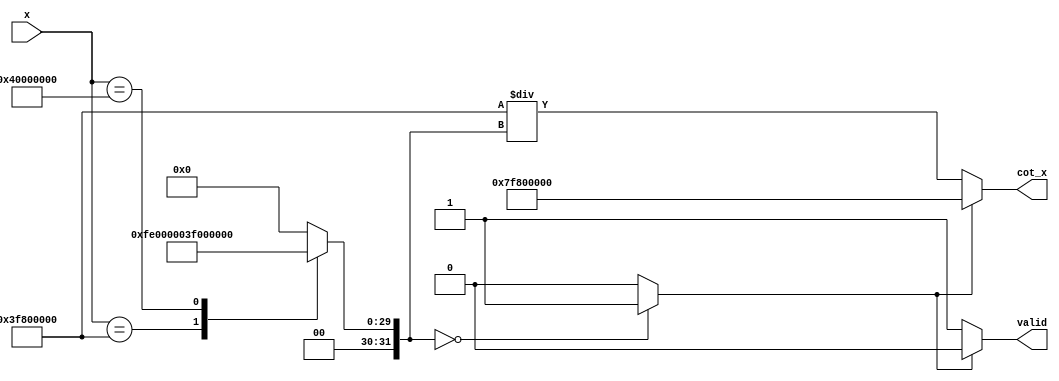
module cotangent (
    input wire [31:0] x,         // Input angle in radians (floating-point representation, IEEE 754)
    output reg [31:0] cot_x,     // Cotangent output (floating-point representation)
    output reg valid              // Output valid flag
);

    // Internal signals
    wire [31:0] tan_x;           // Tangent of x
    reg [31:0] reciprocal_tan;   // Reciprocal of tangent
    reg tan_zero;                // Flag for tangent being zero

    // Tangent calculation (simple example using a lookup table)
    function [31:0] tangent;
        input [31:0] angle;
        begin
            // Placeholder for tangent calculation (e.g., CORDIC, polynomial, or LUT)
            // For example purposes, we can assume a simple LUT for certain angles.
            case (angle)
                32'h00000000: tangent = 32'h00000000; // tan(0)
                32'h3F800000: tangent = 32'h3F800000; // tan(pi/4)
                32'h40000000: tangent = 32'h3F000000; // tan(pi/2 (approx))
                default: tangent = 32'h00000000;      // Default case
            endcase
        end
    endfunction

    always @(*) begin
        // Calculate tangent
        tan_x = tangent(x);

        // Check for zero tangent (odd multiples of pi/2)
        if (tan_x == 32'h00000000) begin
            tan_zero = 1'b1; // Set flag if tangent is zero
        end else begin
            tan_zero = 1'b0; // Tangent is not zero
        end

        // Calculate reciprocal if tangent is not zero
        if (!tan_zero) begin
            reciprocal_tan = 32'h3F800000 / tan_x; // Simple reciprocal calculation (assuming normalized values)
            cot_x = reciprocal_tan;
            valid = 1'b1; // Output is valid
        end else begin
            cot_x = 32'h7F800000; // Output infinity or undefined (assuming IEEE 754)
            valid = 1'b0; // Output is invalid
        end
    end
endmodule